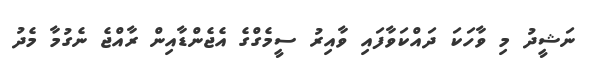
ނަޝީދު މި ވާހަކަ ދައްކަވާފައި ވާއިރު ސީމެގްގެ އެޖެންޑާއިިން ރާއްޖެ ނެގުމާ މެދު